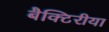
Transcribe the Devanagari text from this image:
बैक्टिरीया